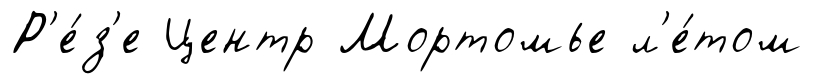
Р'е́з'е Центр Мортомье л'е́том